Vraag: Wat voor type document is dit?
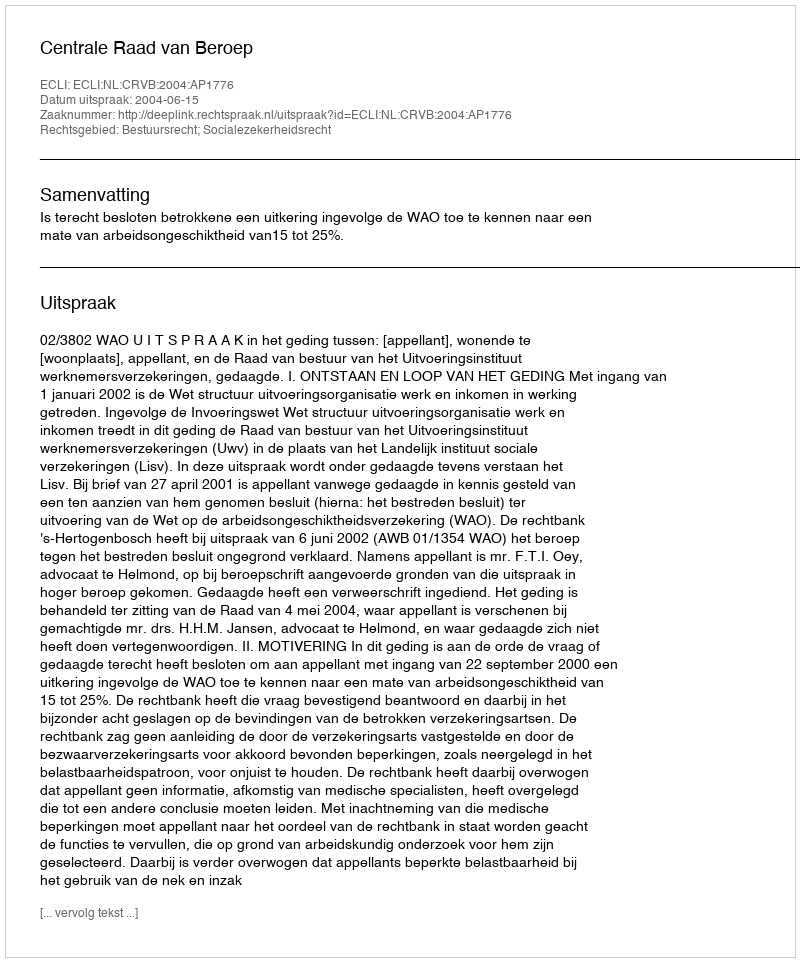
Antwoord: Uitspraak